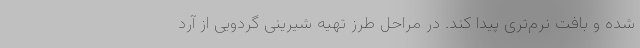
شده و بافت نرم‌تری پیدا کند. در مراحل طرز تهیه شیرینی گردویی از آرد